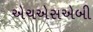
એચએસએબી